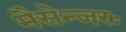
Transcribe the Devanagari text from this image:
मैसेन्जरः